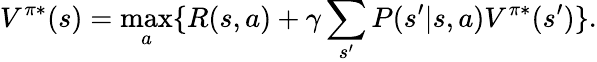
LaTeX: V^{\pi*}(s)=\operatorname*{max}_{a}\{ {R(s,a)+\gamma\sum_{s^{\prime}}P(s^{\prime}|s,a)V^{\pi*}(s^{\prime})}\} .